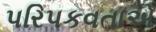
પરિપકવતાએ